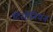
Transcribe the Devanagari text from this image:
टिरहेनियन